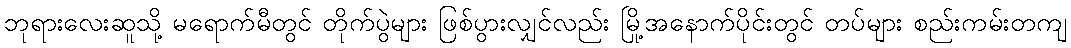
ဘုရားလေးဆူသို့ မရောက်မီတွင် တိုက်ပွဲများ ဖြစ်ပွားလျှင်လည်း မြို့အနောက်ပိုင်းတွင် တပ်များ စည်းကမ်းတကျ